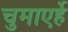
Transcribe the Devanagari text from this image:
चुमाएर्हे